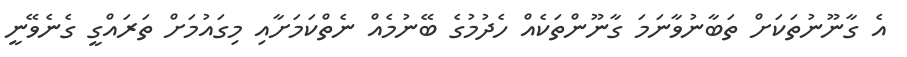
އެ ގާނޫނުތަކަށް ތަބާނުވާނަމަ ގާނޫންތަކެއް ހެދުމުގެ ބޭނުމެއް ނެތްކަމަށާއި މިގައުމަށް ތަރައްގީ ގެނެވޭނީ